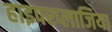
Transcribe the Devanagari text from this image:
हाइपरप्लाजिया